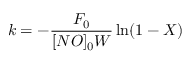
k = - \frac { F _ { 0 } } { [ N O ] _ { 0 } W } \ln ( 1 - X )